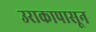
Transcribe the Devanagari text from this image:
उराकापासून